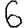
Digit: 6